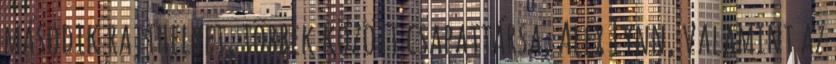
második rajthelyet, többek között csapattársa, Alex Lynn, valamint az